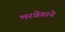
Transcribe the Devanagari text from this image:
भरवेगाने